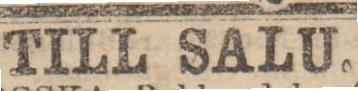
TILL SALU.